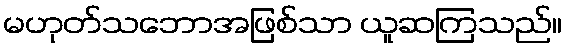
မဟုတ်သဘောအဖြစ်သာ ယူဆကြသည်။